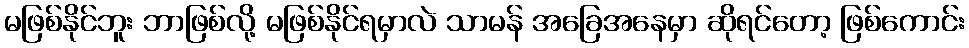
မဖြစ်နိုင်ဘူး ဘာဖြစ်လို့ မဖြစ်နိုင်ရမှာလဲ သာမန် အခြေအနေမှာ ဆိုရင်တော့ ဖြစ်ကောင်း